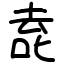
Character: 唟